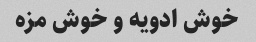
خوش ادویه و خوش مزه